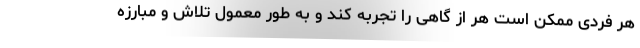
هر فردی ممکن است هر از گاهی را تجربه کند و به طور معمول تلاش و مبارزه